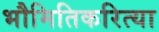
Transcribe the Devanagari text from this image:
भौमितिकरित्या